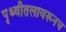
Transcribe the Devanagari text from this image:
पृथ्वीतलावरूनच